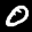
Label: 0